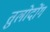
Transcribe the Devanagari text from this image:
तुलोदोंग